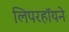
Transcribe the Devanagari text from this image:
लिपरहॉयने